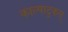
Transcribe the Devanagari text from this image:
काल्पाटुकल्